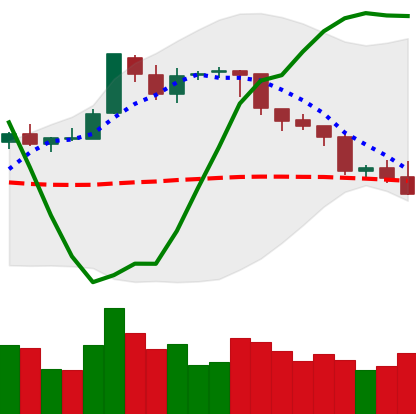
Ticker: BTC-USD
Chart end date: 2018-08-07
Forward return: -6.374%
Label: down_5_7